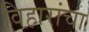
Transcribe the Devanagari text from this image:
विहारांचा